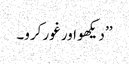
’’ دیکھو اور غور کرو۔